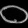
Digit: ၀